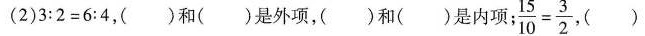
(2)$$3 : 2 = 6 : 4$$，( )和( )是外项，( )和( )是内项； $$\frac { 1 5 } { 1 0 } = \frac { 3 } { 2 }$$，( )